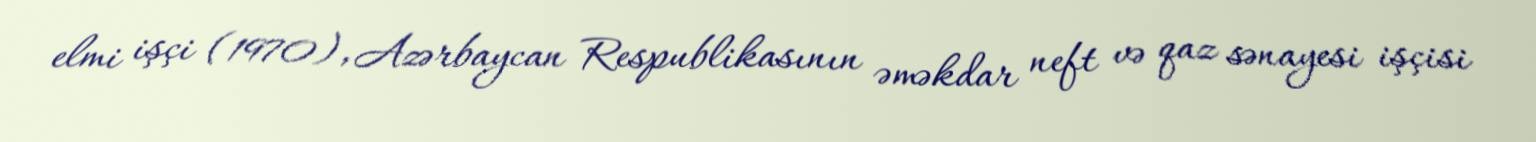
elmi işçi (1970), Azərbaycan Respublikasının əməkdar neft və qaz sənayesi işçisi